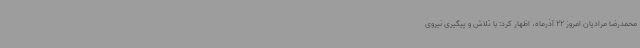
محمدرضا مرادیان امروز 22 آذرماه، اظهار کرد: با تلاش و پیگیری نیروی